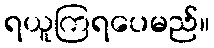
ရယူကြရပေမည်။